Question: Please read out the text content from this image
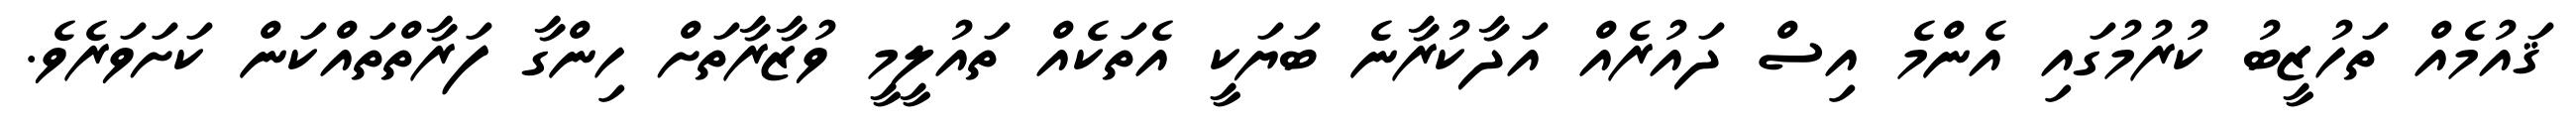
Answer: ޤައުމެއް ތަހުޒީބު ކުރުމުގައި އެންމެ އިސް ދައުރެއް އަދާކުރާނެ ބަޔަކީ އެތަކެއް ތައުލީމީ ވުޒާރާތަށް ހިންގާ ފަރާތްތައްކަން ކަށަވަރެވެ.